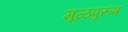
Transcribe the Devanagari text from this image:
मूळपुरूष